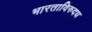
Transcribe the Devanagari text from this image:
भारताविरुदध